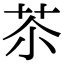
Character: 苶